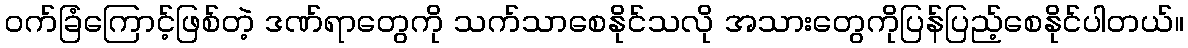
ဝက်ခြံကြောင့်ဖြစ်တဲ့ ဒဏ်ရာတွေကို သက်သာစေနိုင်သလို အသားတွေကိုပြန်ပြည့်စေနိုင်ပါတယ်။